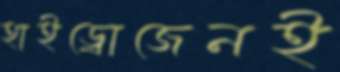
হাইড্রোজেনই